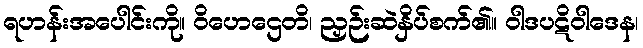
ရဟန်းအပေါင်းကို။ ဝိဟေဌေတိ၊ ညှဉ်းဆဲနှိပ်စက်၏။ ဝါဒပဋိဝါဒေန၊